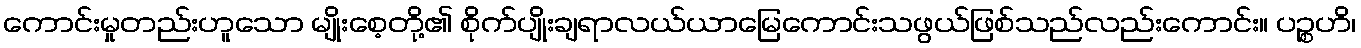
ကောင်းမှုတည်းဟူသော မျိုးစေ့တို့၏ စိုက်ပျိုးချရာလယ်ယာမြေကောင်းသဖွယ်ဖြစ်သည်လည်းကောင်း။ ပဉ္စဟိ၊